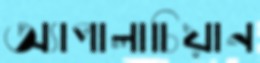
অ্যাপালাচিয়ান